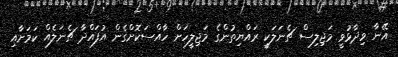
އޭނާ ވިދާޅުވީ މަޖިލިސް ޗެނަލަކީ ރައްޔިތުންގެ މަޖިލީހަށް ހާއްސަކޮށްގެން އުފައްދާ ޗެނަލެއް ކަމަށާއި